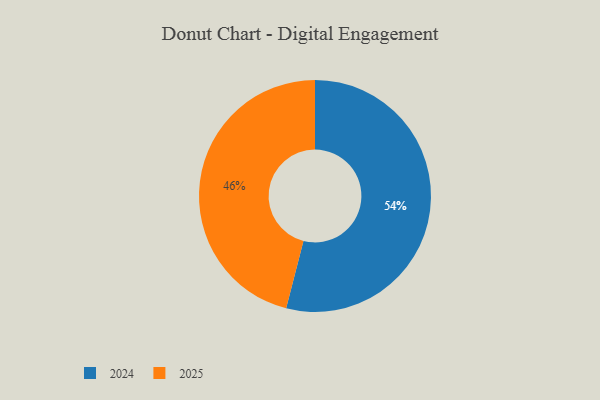
{"axis": {"x": "Category", "y": "Percentage"}, "legend": ["2024", "2025"], "data": [{"x": "2025", "y": 46, "type": "2025"}, {"x": "2024", "y": 54, "type": "2024"}]}